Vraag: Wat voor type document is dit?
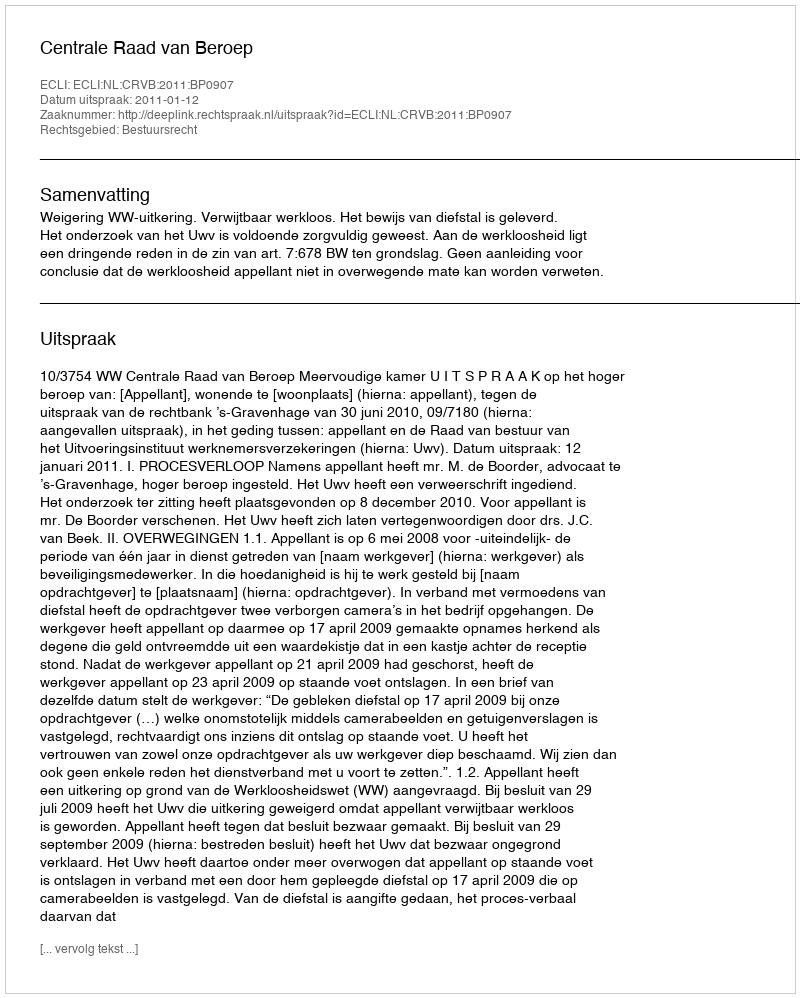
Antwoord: Uitspraak